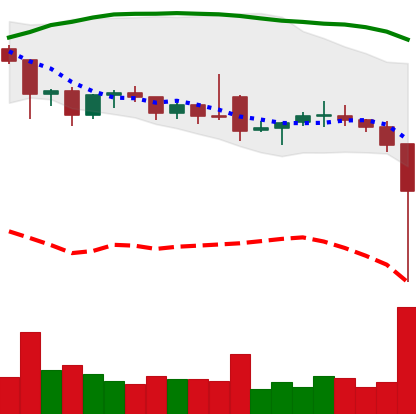
Ticker: ETC-USD
Chart end date: 2021-12-04
Forward return: -4.542%
Label: down_3_5